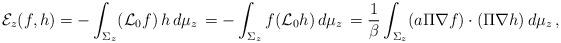
LaTeX: \begin{align*} \mathcal{E}_z(f,h) = -\int_{\Sigma_z} (\mathcal{L}_0 f) \, h\, d\mu_z\, = -\int_{\Sigma_z} f (\mathcal{L}_0 h) \, d\mu_z\, = \frac{1}{\beta} \int_{\Sigma_z} (a\Pi\nabla f) \cdot (\Pi \nabla h)\, d\mu_z\,, \end{align*}